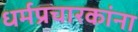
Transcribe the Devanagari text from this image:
धर्मप्रचारकांना